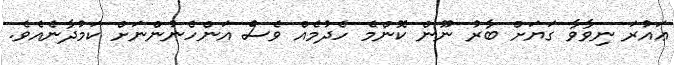
ޢައުރަ ނިވާވާ ގަޔަށް ބާރު ނޫން ކޮންމެ ހެދުމެއް ވެސް އަންހެނުންނަށް ކަމުދާނެއެވެ.